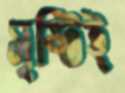
সৃষ্টিই